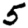
Digit: 5